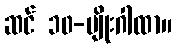
ဆင် ၁၀-မျိုးဂါထာ။